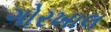
ગોરખાલ